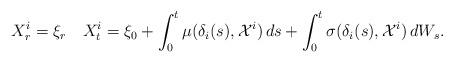
LaTeX: \begin{align*}X_{r}^i=\xi_r\quad{X}^{i}_t= \xi_0+ \int_{0}^{t}\mu({\delta}_i(s),\mathcal{X}^{i})\,ds+ \int_{0}^{t}\sigma({\delta}_i(s),\mathcal{X}^{i})\,dW_s.\end{align*}